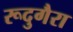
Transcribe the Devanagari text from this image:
रूदुगैरा